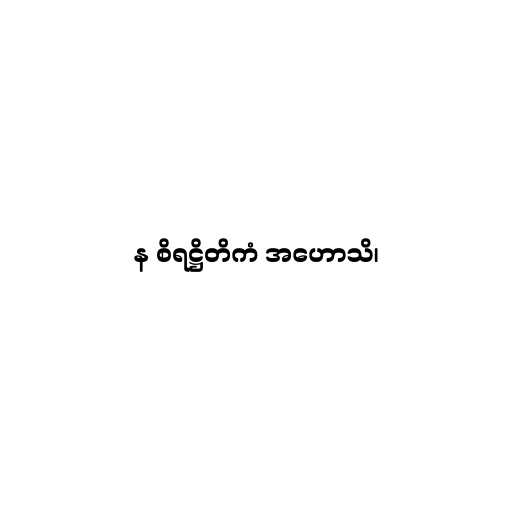
န စိရဋ္ဌိတိကံ အဟောသိ၊